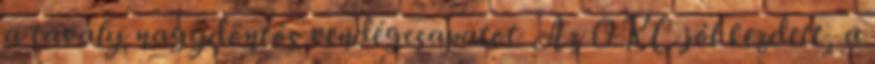
a tavaly nagydöntős vendégcsapatot. Az OKC jól kezdett, a